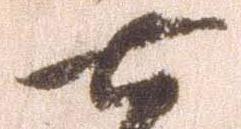
七